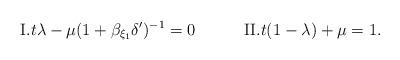
LaTeX: \begin{align*}\mathrm{I.}t\lambda-\mu(1+\beta_{\xi_1}\delta')^{-1}=0\qquad\quad\mathrm{II.}t(1-\lambda)+\mu=1.\end{align*}